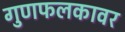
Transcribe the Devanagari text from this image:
गुणफलकावर